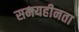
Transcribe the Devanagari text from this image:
समयहीनता